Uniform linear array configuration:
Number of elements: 8
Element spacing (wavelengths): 0.25
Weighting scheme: kaiser
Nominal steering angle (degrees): -15
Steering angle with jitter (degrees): -16.886
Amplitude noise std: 0.05
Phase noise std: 0.05

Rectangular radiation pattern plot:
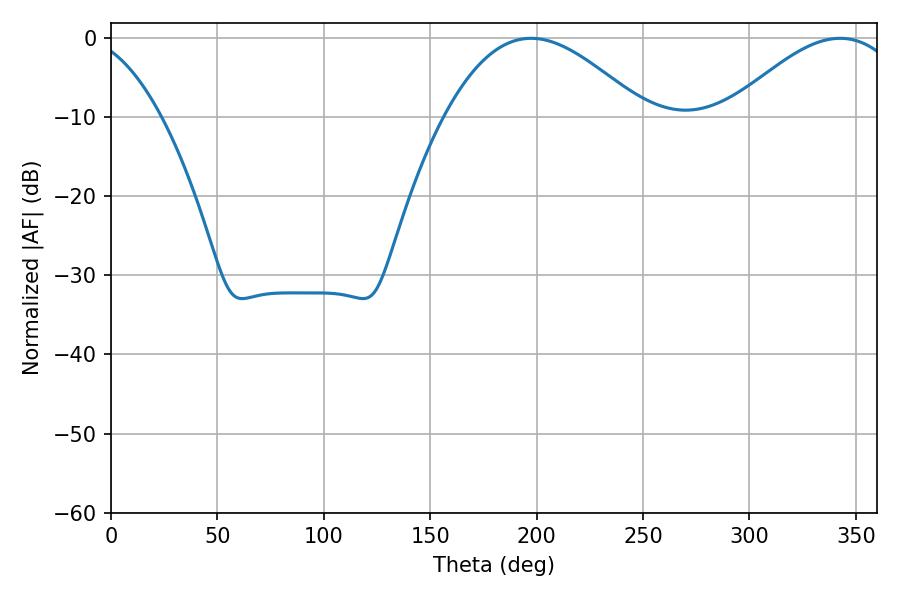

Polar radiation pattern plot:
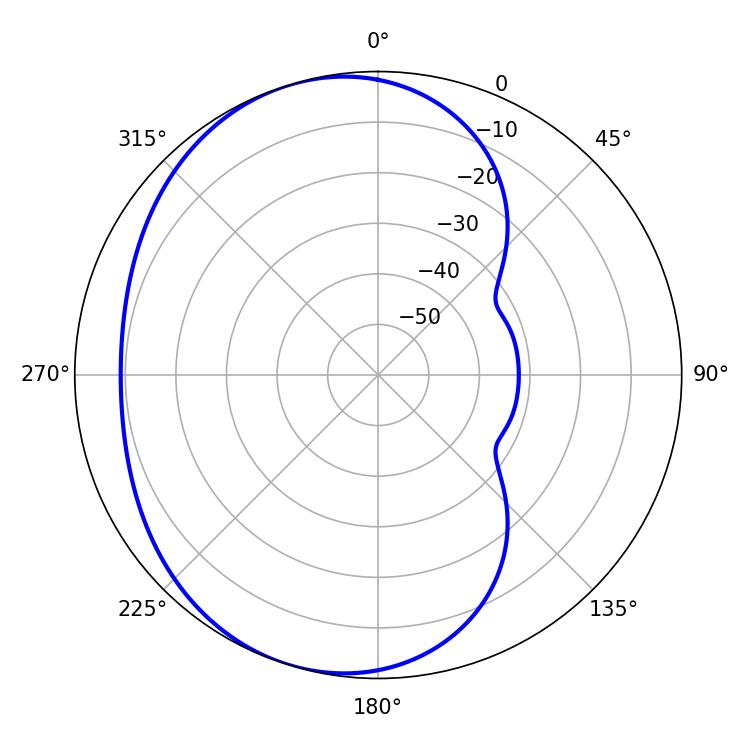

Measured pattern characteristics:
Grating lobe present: FALSE
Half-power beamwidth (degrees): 50.58
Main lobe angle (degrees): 197.46